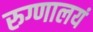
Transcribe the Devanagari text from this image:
रुग्णालयं